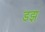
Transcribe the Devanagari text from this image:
डझ